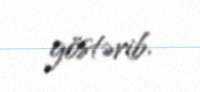
göstərib.